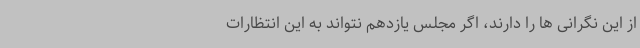
از این نگرانی ها را دارند، اگر مجلس یازدهم نتواند به این انتظارات